Bombay plague: being a history of the progress of plague in the Bombay presidency from September 1896 to June 1899
Year: 1896
Disease focus: Plague
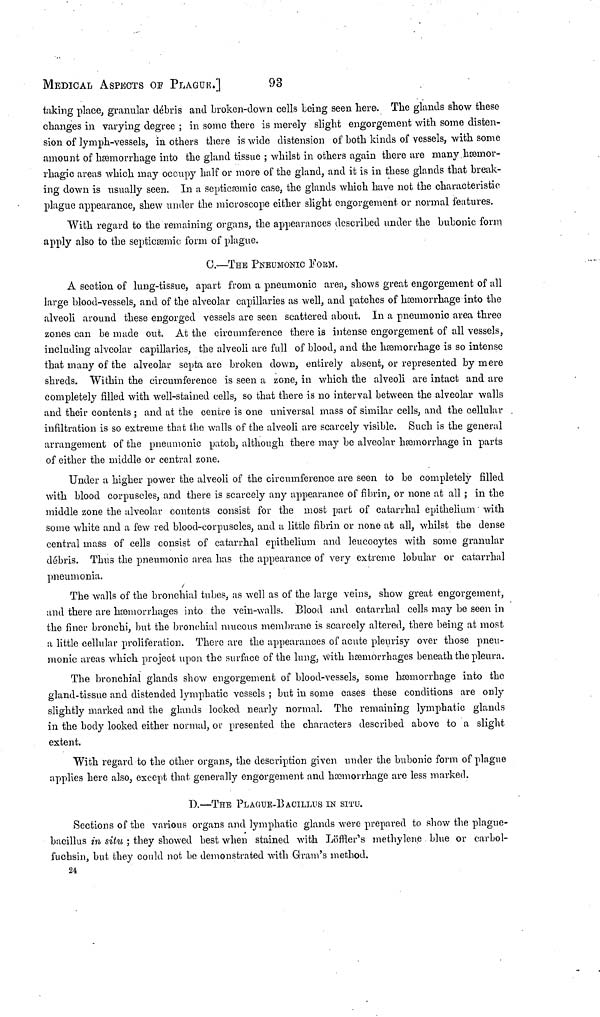
MEDICAL ASPECTS of PLAGUE.]
93
taking place, granular débris and broken-down cells being seen here. The glands show these
changes in varying degree ; in some there is merely slight engorgement with some disten-
sion of lymph-vessels, in others there is wide distensión of both kinds of vessels, with some
amount of hemorrhage into the gland tissue ; whilst in others again there are many hæmor-
rhagic areas which may occupy half or more of the gland, and it is in these glands that break-
ing down is usually seen. In a septicémie case, the glands which have not the characteristic
plague appearance, shew under the microscope either slight engorgement or normal features.
With regard to the remaining organs, the appearances described under the bubonic form
apply also to the septicémie form of plague.
G.—THE PNEUMONIC FORM.
A section of lung-tissue, apart from a pneumonic area, shows great engorgement of all
large blood-vessels, and of the alveolar capillaries as well, and patches of hemorrhage into the
alveoli around these engorged vessels are seen scattered about. In a pneumonic area three
zones can be made out. At the circumference there is intense engorgement of all vessels,
including alveolar capillaries, the alveoli are full of blood, and the hemorrhage is so intense
that many of the alveolar septa are broken down, entirely absent, or represented by mere
shreds. Within the circumference is seen a zone, in which the alveoli are intact and are
completely filled with well-stained cells, so that there is no interval between the alveolar walls
and their contents ; and at the centre is one universal mass of similar cells, and the cellular
infiltration is so extreme that the walls of the alveoli are scarcely visible. Such is the general
arrangement of the pneumonic patch, although there may be alveolar hemorrhage in parts
of either the middle or central zone.
Under a higher power the alveoli of the circumference are seen to be completely filled
with blood corpuscles, and there is scarcely any appearance of fibrin, or none at all ; in the
middle zone the alveolar contents consist for the most part of catarrhal epithelium with
some white and a few red blood-corpuscles, and a little fibrin or none at all, whilst the dense
central mass of cells consist of catarrhal epithelium and leucocytes with some granular
débris. Thus the pneumonic area has the appearance of very extreme lobular or catarrhal
pneumonia.
The walls of the bronchial tubes, as well as of the large veins, show great engorgement,
and there are hemorrhages into the vein-walls. Blood and catarrhal cells may be seen in
the finer bronchi, but the bronchial mucous membrane is scarcely altered, there being at most
a little cellular proliferation. There are the appearances of acute pleurisy over those pneu-
monic areas which project upon the surface of the lung, with hæmorrhages beneath the pleura.
The bronchial glands show engorgement of blood-vessels, some hæmorrhage into the
gland-tissue and distended lymphatic vessels ; but in some cases these conditions are only
slightly marked and the glands looked nearly normal. The remaining lymphatic glands
in the body looked either normal, or presented the characters described above to a slight
extent.
With regard to the other organs, the description given under the bubonic form of plague
applies here also, except that generally engorgement and hæmorrhage are less marked.
D.—THE PLAGUE-BACILLUS IN SITU.
Sections of the various organs and lymphatic glands were prepared to show the plague-
bacillus in situ ; they showed best when stained with Löffler's méthylène blue or carbol-
fuchsin, but they could not be demonstrated with Gram's method.
24